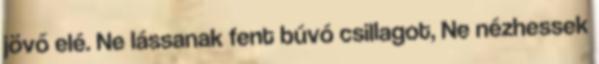
jövő elé. Ne lássanak fent búvó csillagot, Ne nézhessek